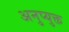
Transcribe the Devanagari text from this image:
अनुप्युक्त